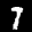
Label: 7